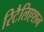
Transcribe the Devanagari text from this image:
रिटैलिएशन